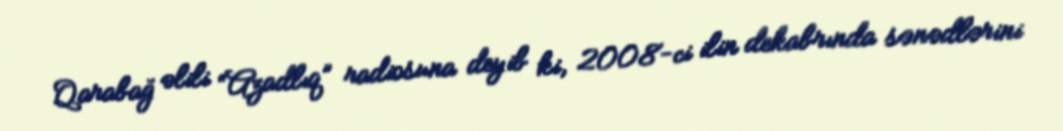
Qarabağ əlili “Azadlıq” radiosuna deyib ki, 2008-ci ilin dekabrında sənədlərini